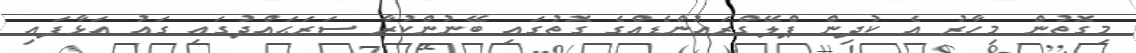
މިގޮތުން މިހާރު އެ ކުދިން ޕްލޭގްރައުންޑެއްގެ ގޮތުގައި ބޭނުންކުރާ ސަރަޙައްދުގައި ގައު އަޅާފައި